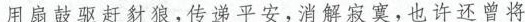
用扇鼓驱赶豺狼，传递平安，消解寂寞，也许还曾将